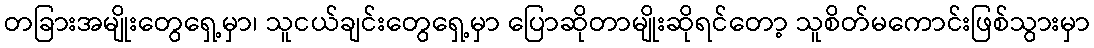
တခြားအမျိုးတွေရှေ့မှာ၊ သူငယ်ချင်းတွေရှေ့မှာ ပြောဆိုတာမျိုးဆိုရင်တော့ သူစိတ်မကောင်းဖြစ်သွားမှာ